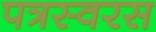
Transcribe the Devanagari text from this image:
पत्रस्वरस